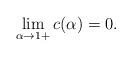
LaTeX: \begin{align*}\lim_{\alpha\to 1+}c(\alpha)=0.\end{align*}